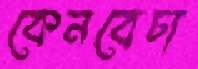
কেনবেচা